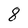
Character: 8